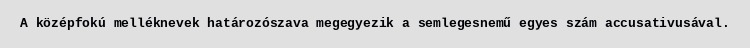
A középfokú melléknevek határozószava megegyezik a semlegesnemű egyes szám accusativusával.